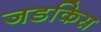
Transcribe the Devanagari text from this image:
जडकिस